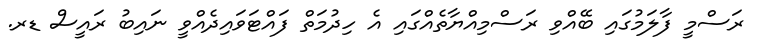
ރަސްމީ ފާލަމުގައި ބޭއްވި ރަސްމިއްޔާތެއްގައި އެ ހިދުމަތް ފައްޓަވައިދެއްވީ ނައިބު ރައީސް ޑރ.